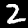
Digit: 2